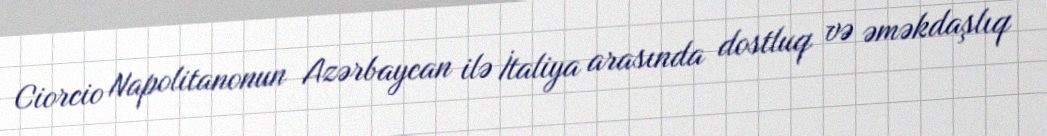
Ciorcio Napolitanonun Azərbaycan ilə İtaliya arasında dostluq və əməkdaşlıq